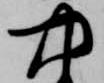
中